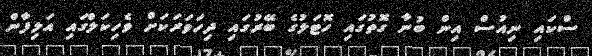
ސްކައި ނިއުސް އިން ބުނާ ގޮތުގައި ހޮޓަލުގެ ބޭރުގައި ދިހަވަރަކަށް ވެހިކަލްގައި އަލިފާން